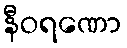
နီဝရဏော